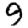
Digit: 9